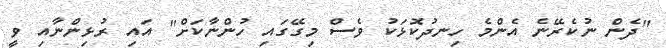
"ދެން ނުކެރޭނެ އެންމެ ހިނދުކޮޅަކު ވެސް މިގޭގައި ހުންނާކަށް" އައި ރުޅިންނާއި ވީ